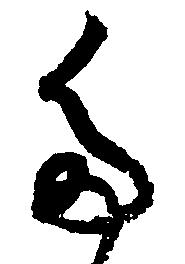
た